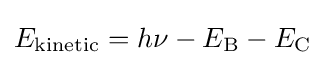
E_{\text{kinetic}}=h\nu -E_{\text{B}}-E_{\text{C}}